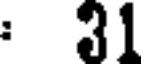
: 31